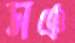
সঞ